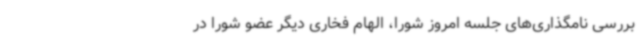
بررسی نامگذاری‌های جلسه امروز شورا، الهام فخاری دیگر عضو شورا در